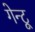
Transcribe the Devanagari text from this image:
गेन्टू